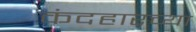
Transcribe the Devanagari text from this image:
कंदहारच्या